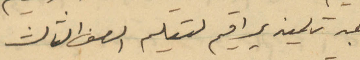
وهبه تلميذ يراقيم لتعليم الصف الثالث